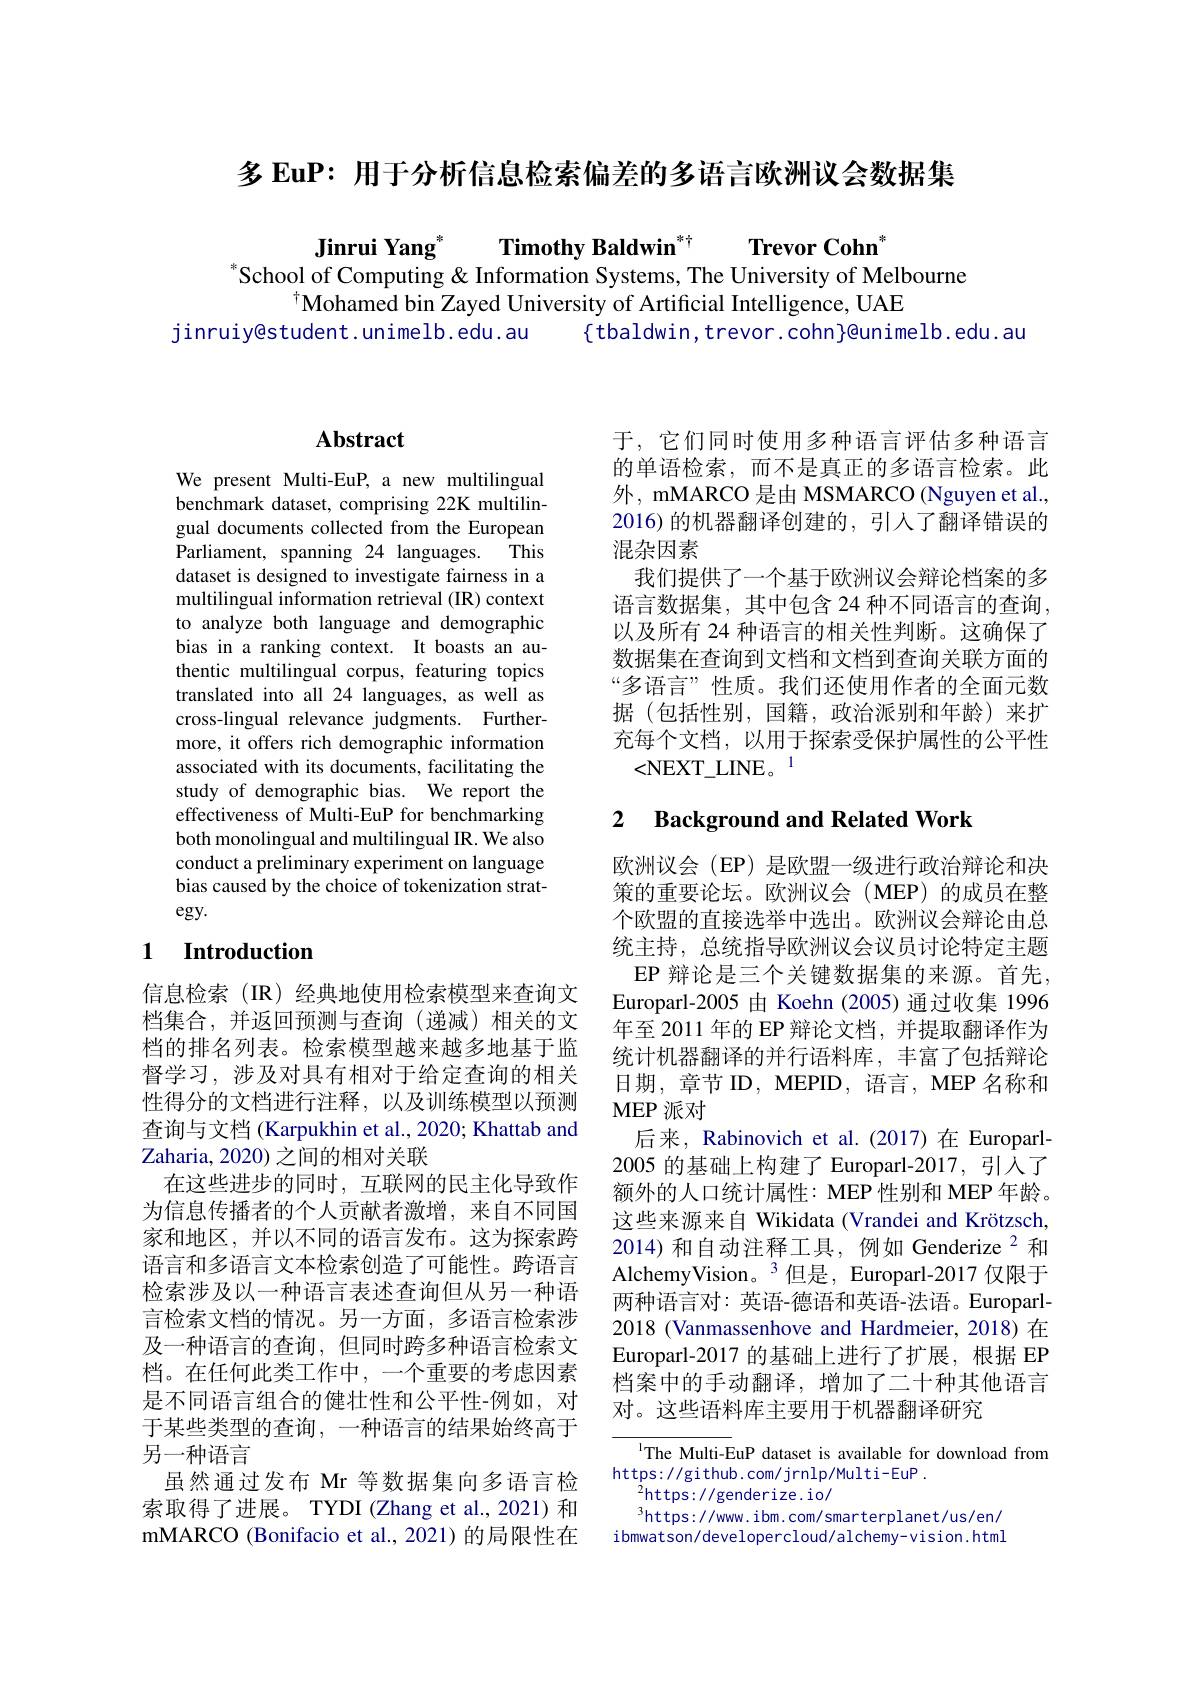
多 EuP: 用于分析信息检索偏差的多语言欧洲议会数据集

Jinrui Yang$^*$ Timothy Baldwin$^{*\dagger}$ Trevor Cohn
$^*$School of Computing & Information Systems, The University of Melbourne
$^{\dagger}$Mohamed bin Zayed University of Artificial Intelligence, UAE
jinruiy@student.unimelb.edu.au {tbaldwin,trevor.cohn}@unimelb.edu.au

### $\mathbf{Abstract}$

We present Multi-EuP, a new multilingual benchmark dataset, comprising 22K multilingual documents collected from the European Parliament, spanning 24 languages. This dataset is designed to investigate fairness in a multilingual information retrieval (IR) context to analyze both language and demographic bias in a ranking context. It boasts an authentic multilingual corpus, featuring topics translated into all 24 languages, as well as cross-lingual relevance judgments. Furthermore, it offers rich demographic information associated with its documents, facilitating the study of demographic bias. We report the effectiveness of Multi-EuP for benchmarking both monolingual and multilingual IR. We also conduct a preliminary experiment on language bias caused by the choice of tokenization strat- $egy.$

## 1 Introduction

信息检索(IR)经典地使用检索模型来查询文档集合，并返回预测与查询(递减)相关的文档的排名列表。检索模型越来越多地基于监督学习，涉及对具有相对于给定查询的相关性得分的文档进行注释，以及训练模型以预测查询与文档 (Karpukhin et al., 2020; Khattab and Zaharia, 2020) 之间的相对关联
在这些进步的同时，互联网的民主化导致作为信息传播者的个人贡献者激增，来自不同国家和地区，并以不同的语言发布。这为探索跨语言和多语言文本检索创造了可能性。跨语言检索涉及以一种语言表述查询但从另一种语言检索文档的情况。另一方面，多语言检索涉及一种语言的查询，但同时跨多种语言检索文档。在任何此类工作中，一个重要的考虑因素是不同语言组合的健壮性和公平性-例如，对于某些类型的查询，一种语言的结果始终高于另一种语言
虽然通过发布 Mr 等数据集向多语言检索取得了进展。TYDI (Zhang et al., 2021) 和mMARCO (Bonifacio et al., 2021) 的局限性在

于，它们同时使用多种语言评估多种语言的单语检索，而不是真正的多语言检索。此外，mMARCO 是由 MSMARCO (Nguyen et al., 2016) 的机器翻译创建的，引人了翻译错误的混杂因素
我们提供了一个基于欧洲议会辩论档案的多语言数据集，其中包含 24 种不同语言的查询， 以及所有 24 种语言的相关性判断。这确保了数据集在查询到文档和文档到查询关联方面的“多语言” 性质。我们还使用作者的全面元数据(包括性别，国籍，政治派别和年龄)来扩充每个文档，以用于探索受保护属性的公平性<NEXT\_LINE。1

## 2 $\textbf{Background and Related Work}$

欧洲议会(EP) 是欧盟一级进行政治辩论和决策的重要论坛。欧洲议会(MEP)的成员在整个欧盟的直接选举中选出。欧洲议会辩论由总统主持，总统指导欧洲议会议员讨论特定主题
EP 辩论是三个关键数据集的来源。首先， Europarl-2005 由 Koehn (2005)通过收集 1996年至 2011 年的 EP 辩论文档，并提取翻译作为统计机器翻译的并行语料库，丰富了包括辩论日期，章节 ID, MEPID, 语言，MEP 名称和MEP 派对
后来，Rabinovich et al.(2017)在 Europarl- 2005 的基础上构建了 Europarl-2017, 引人了额外的人口统计属性：MEP 性别和 MEP 年龄。这些来源来自 Wikidata (Vrandei and Krötzsch, 2014) 和自动注释工具，例如 Genderize $^{2}$和AlchemyVision。$^{3}$但是，Europarl-2017 仅限于两种语言对：英语-德语和英语-法语。Europarl- 2018 (Vanmassenhove and Hardmeier,2018)在Europarl-2017 的基础上进行了扩展，根据 EP 档案中的手动翻译，增加了二十种其他语言对。这些语料库主要用于机器翻译研究

The Multi-EuP dataset is available for download from
https: / / gi thub. com/ j rn l p/ Mul ti- EuP .
$^{2}$https://genderize.io/
$^{3}$https://www.ibm.com/smarterplanet/us/en/ ibmwatson/developercloud/alchemy-vision.htmI